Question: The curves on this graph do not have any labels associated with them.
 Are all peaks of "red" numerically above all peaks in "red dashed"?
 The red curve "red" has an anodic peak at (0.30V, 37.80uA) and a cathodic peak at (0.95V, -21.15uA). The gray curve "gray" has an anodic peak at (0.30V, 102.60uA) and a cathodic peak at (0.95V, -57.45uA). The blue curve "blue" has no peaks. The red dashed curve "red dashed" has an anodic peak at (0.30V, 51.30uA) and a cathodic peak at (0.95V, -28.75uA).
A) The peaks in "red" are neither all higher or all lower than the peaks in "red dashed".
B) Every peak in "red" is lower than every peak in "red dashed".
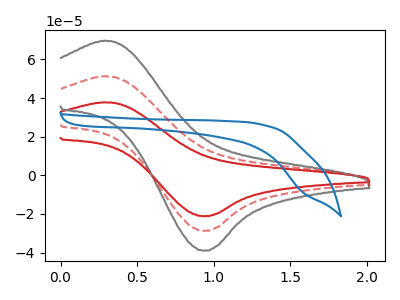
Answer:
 <answer>B) Every peak in "red" is lower than every peak in "red dashed".</answer>
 <eval>B</eval>